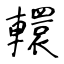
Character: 轘